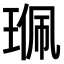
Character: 𤦍